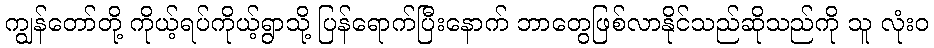
ကျွန်တော်တို့ ကိုယ့်ရပ်ကိုယ့်ရွာသို့ ပြန်ရောက်ပြီးနောက် ဘာတွေဖြစ်လာနိုင်သည်ဆိုသည်ကို သူ လုံးဝ